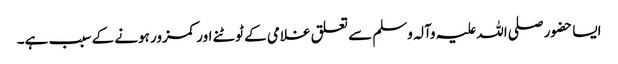
ایسا حضور صلی اللہ علیہ وآلہ وسلم سے تعلق غلامی کے ٹوٹنے اور کمزور ہونے کے سبب ہے۔